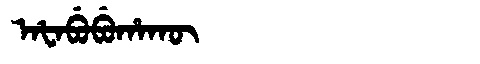
Manchu: ᠠᡶᠠᠪᡠᠪᡠᡥᠠᡴᡡ
Romanization: AFABUBUHAKŪ